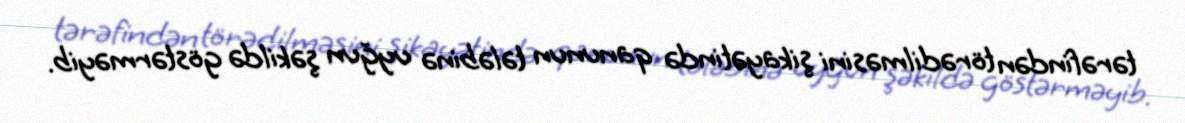
tərəfindən törədilməsini şikayətində qanunun tələbinə uyğun şəkildə göstərməyib.